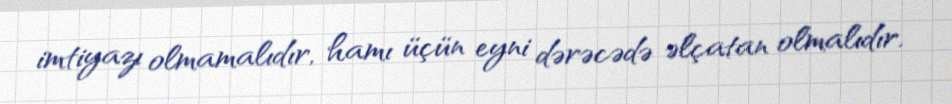
imtiyazı olmamalıdır, hamı üçün eyni dərəcədə əlçatan olmalıdır.